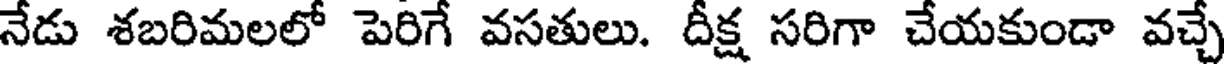
నేడు శబరిమలలో పెరిగే వసతులు. దీక్ష సరిగా చేయకుండా వచ్చే